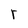
Character: r